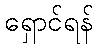
ရှောင်ရန်